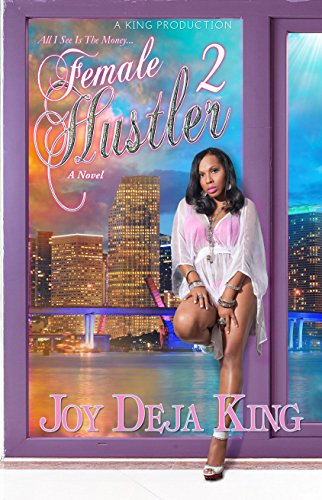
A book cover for Female Hustler Part 2; Joy Deja King; Literature & Fiction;